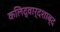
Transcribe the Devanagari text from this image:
कलिद्वार्दशाब्द